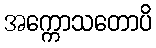
အက္ကောသတောပိ